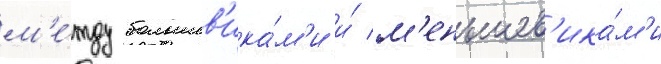
м'е́жду большев'ика́м'и и́ м'еньшев'ика́м'и